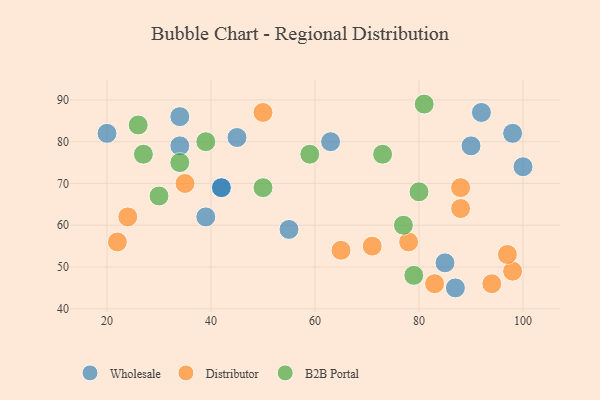
{"axis": {"x": "GDP", "y": "Life Expectancy"}, "legend": ["B2B Portal", "Distributor", "Wholesale"], "data": [{"x": "34", "y": 86, "type": "Wholesale"}, {"x": "42", "y": 69, "type": "Wholesale"}, {"x": "85", "y": 51, "type": "Wholesale"}, {"x": "39", "y": 62, "type": "Wholesale"}, {"x": "34", "y": 79, "type": "Wholesale"}, {"x": "90", "y": 79, "type": "Wholesale"}, {"x": "45", "y": 81, "type": "Wholesale"}, {"x": "20", "y": 82, "type": "Wholesale"}, {"x": "100", "y": 74, "type": "Wholesale"}, {"x": "87", "y": 45, "type": "Wholesale"}, {"x": "42", "y": 69, "type": "Wholesale"}, {"x": "98", "y": 82, "type": "Wholesale"}, {"x": "55", "y": 59, "type": "Wholesale"}, {"x": "92", "y": 87, "type": "Wholesale"}, {"x": "63", "y": 80, "type": "Wholesale"}, {"x": "88", "y": 64, "type": "Distributor"}, {"x": "83", "y": 46, "type": "Distributor"}, {"x": "98", "y": 49, "type": "Distributor"}, {"x": "97", "y": 53, "type": "Distributor"}, {"x": "22", "y": 56, "type": "Distributor"}, {"x": "50", "y": 87, "type": "Distributor"}, {"x": "88", "y": 69, "type": "Distributor"}, {"x": "24", "y": 62, "type": "Distributor"}, {"x": "78", "y": 56, "type": "Distributor"}, {"x": "65", "y": 54, "type": "Distributor"}, {"x": "35", "y": 70, "type": "Distributor"}, {"x": "94", "y": 46, "type": "Distributor"}, {"x": "71", "y": 55, "type": "Distributor"}, {"x": "34", "y": 75, "type": "B2B Portal"}, {"x": "79", "y": 48, "type": "B2B Portal"}, {"x": "59", "y": 77, "type": "B2B Portal"}, {"x": "81", "y": 89, "type": "B2B Portal"}, {"x": "39", "y": 80, "type": "B2B Portal"}, {"x": "30", "y": 67, "type": "B2B Portal"}, {"x": "50", "y": 69, "type": "B2B Portal"}, {"x": "80", "y": 68, "type": "B2B Portal"}, {"x": "77", "y": 60, "type": "B2B Portal"}, {"x": "27", "y": 77, "type": "B2B Portal"}, {"x": "73", "y": 77, "type": "B2B Portal"}, {"x": "26", "y": 84, "type": "B2B Portal"}]}